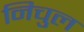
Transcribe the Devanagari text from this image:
निचुल